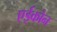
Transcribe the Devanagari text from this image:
एईकोन